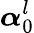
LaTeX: \boldsymbol{\alpha}_{0}^{l}